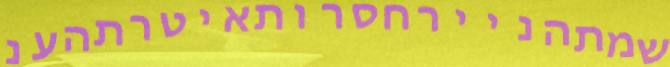
שמתהניירחסרותאיטרתהענ